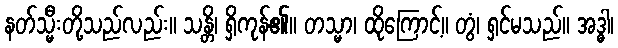
နတ်သ္မီးတို့သည်လည်း။ သန္တိ၊ ရှိကုန်၏။ တသ္မာ၊ ထိုကြောင့်။ တွံ၊ ရှင်မသည်။ အဒ္ဓါ၊